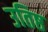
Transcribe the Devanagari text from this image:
उतिष्ठ